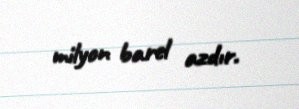
milyon barel azdır.